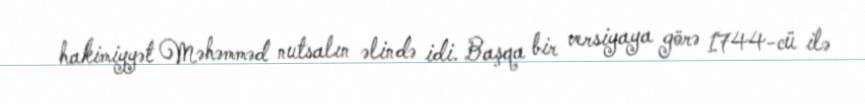
hakimiyyət Məhəmməd nutsalın əlində idi. Başqa bir versiyaya görə 1744-cü ilə